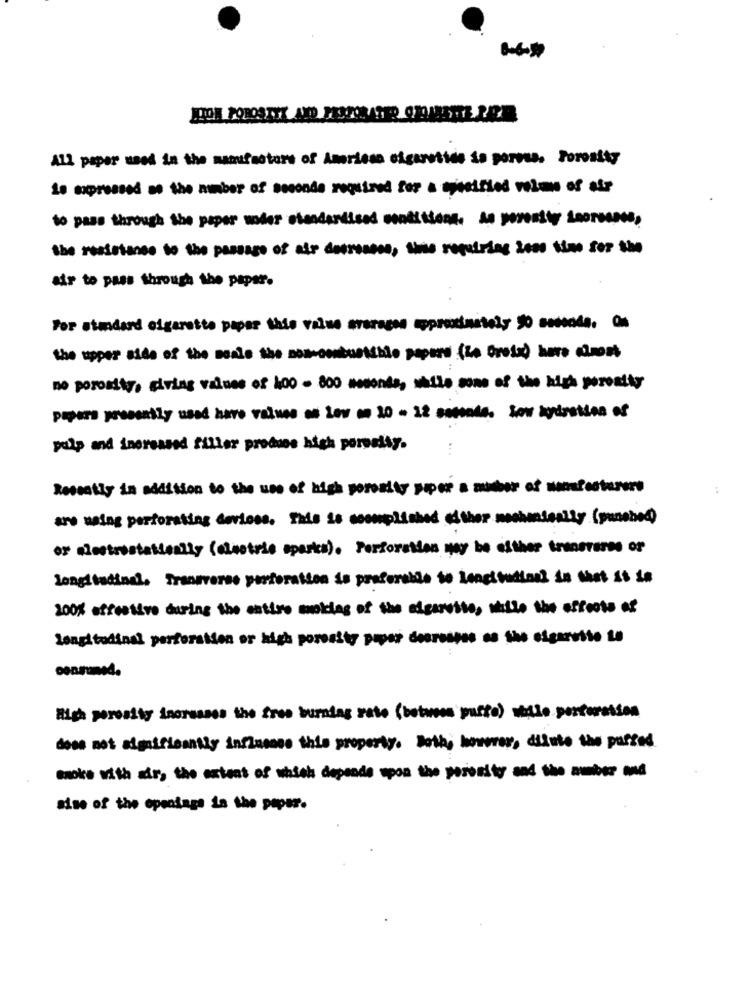
All paper used in the manufacture of Amerissa cigarstids is porous. Porosity
is oppressed as the number of seconde required for a tweeified velmn of air
to pass through the paper under standardised conditions. As poresity inorssnes,
the resistance to the passage of air detroncos, time requiring one time for the
air to pass through the paper.
For standard cigarette paper this value averages approximately 10 seconds. Os
the upper side of the meals the nom-combustible papers (io Croix) have chost
no porosity, giving values of 100 - 800 seconds, while sons of the high porosity
papers yrecently used have values os lev on 10 - 12 samode. Low hydration of
pulp and increased filler produce high porosity.
Recently in addition to the use of high porosity paper a member of manufacturers
are using perforating derloss. This is complished of thor mahonieally (puseres)
or elmetrostationlly (cinotuse sparks). Perforation may be either transverse or
longitudinal, Transverse perforation is preferable to Longitudloni in that it is
200% effective during the entire mokles of the cigarette, while the effects of
longitudinal perforation or high porosity paper decrosses es the sigarette te
High porosity increases the free burning rato (between puffo) while perforation
dose not significantly influcase this property. Both, however, dilute the parted
sise of the opentags in the paper.